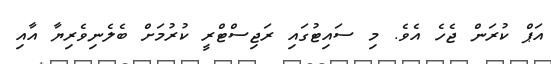
އަޕް ކުރަން ޖެހެ އެވެ. މި ސައިޓުގައި ރަޖިސްޓްރީ ކުރުމަށް ބެލެނިވެރިޔާ އާއި